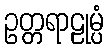
ဥတ္တရာဠုမ္ပံ